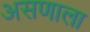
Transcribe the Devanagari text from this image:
असणाला